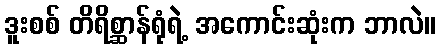
ဒူးစစ် တိရိစ္ဆာန်ရုံရဲ့ အကောင်းဆုံးက ဘာလဲ။